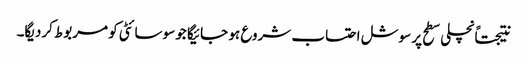
نتیجتاًنچلی سطح پر سوشل احتساب شروع ہو جائیگا جو سوسائٹی کو مربوط کردیگا۔